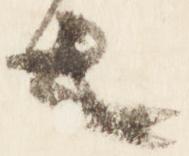
之